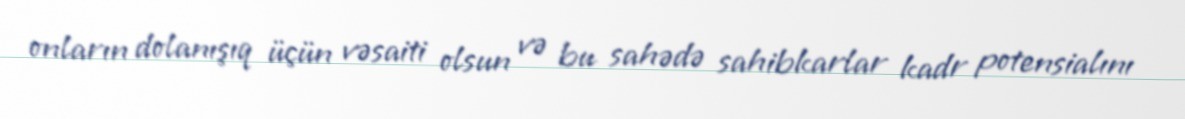
onların dolanışıq üçün vəsaiti olsun və bu sahədə sahibkarlar kadr potensialını